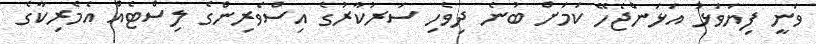
ވަނީ ފިޔަވަޅު އަޅަންޖެހޭ ކަމަށް ބުނެ ދިވެހި ސަރުކާރުގެ އިސްވެރިންގެ ލިސްޓެއް އެމެރިކާގެ